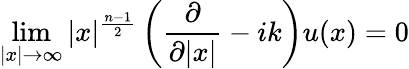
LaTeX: \operatorname*{lim}_{|x|\to\infty}|x|^{\frac{n-1}{2}}\left({\frac{\partial}{\partial|x|}}-ik\right)u(x)=0